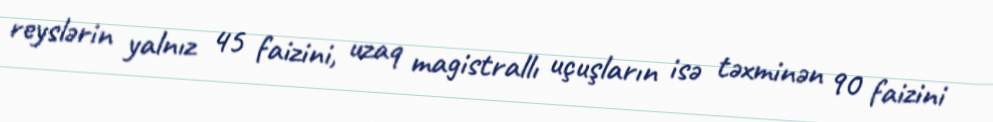
reyslərin yalnız 45 faizini, uzaq magistrallı uçuşların isə təxminən 90 faizini